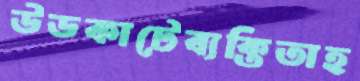
উডকাটেব্যক্তিতাহ